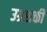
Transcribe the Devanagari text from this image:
उग्रशक्ती